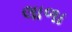
લાળા